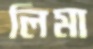
লিমা